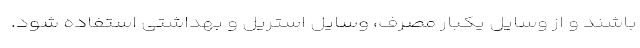
باشند و از وسایل یکبار مصرف، وسایل استریل و بهداشتی استفاده شود.